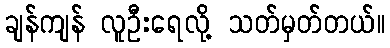
ချန်ကျန် လူဦးရေလို့ သတ်မှတ်တယ်။